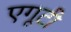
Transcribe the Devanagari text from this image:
एगूटी